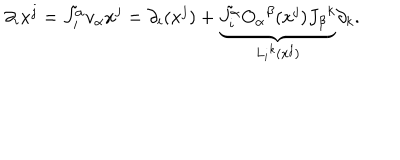
LaTeX: \partial _ { i } x ^ { j } = \tilde { J _ { i } ^ { \alpha } } v _ { \alpha } x ^ { j } = \partial _ { i } ( x ^ { j } ) + \underbrace { \tilde { J _ { i } ^ { \alpha } } O _ { \alpha } { } ^ { \beta } ( x ^ { j } ) J _ { \beta } { } ^ { k } } _ { L _ { i } { } ^ { k } ( x ^ { j } ) } \partial _ { k } .